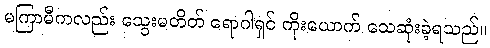
မကြာမီကလည်း သွေးမတိတ် ရောဂါရှင် ကိုးယောက် သေဆုံးခဲ့ရသည်။